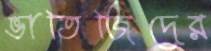
ভাতিজিদের